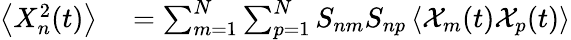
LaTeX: \begin{array}{rl}{\left<X_{n}^{2}(t)\right>}&{{}=\sum_{m=1}^{N}\sum_{p=1}^{N}S_{nm}S_{np}\left<\mathcal{X}_{m}(t)\mathcal{X}_{p}(t)\right>}\end{array}